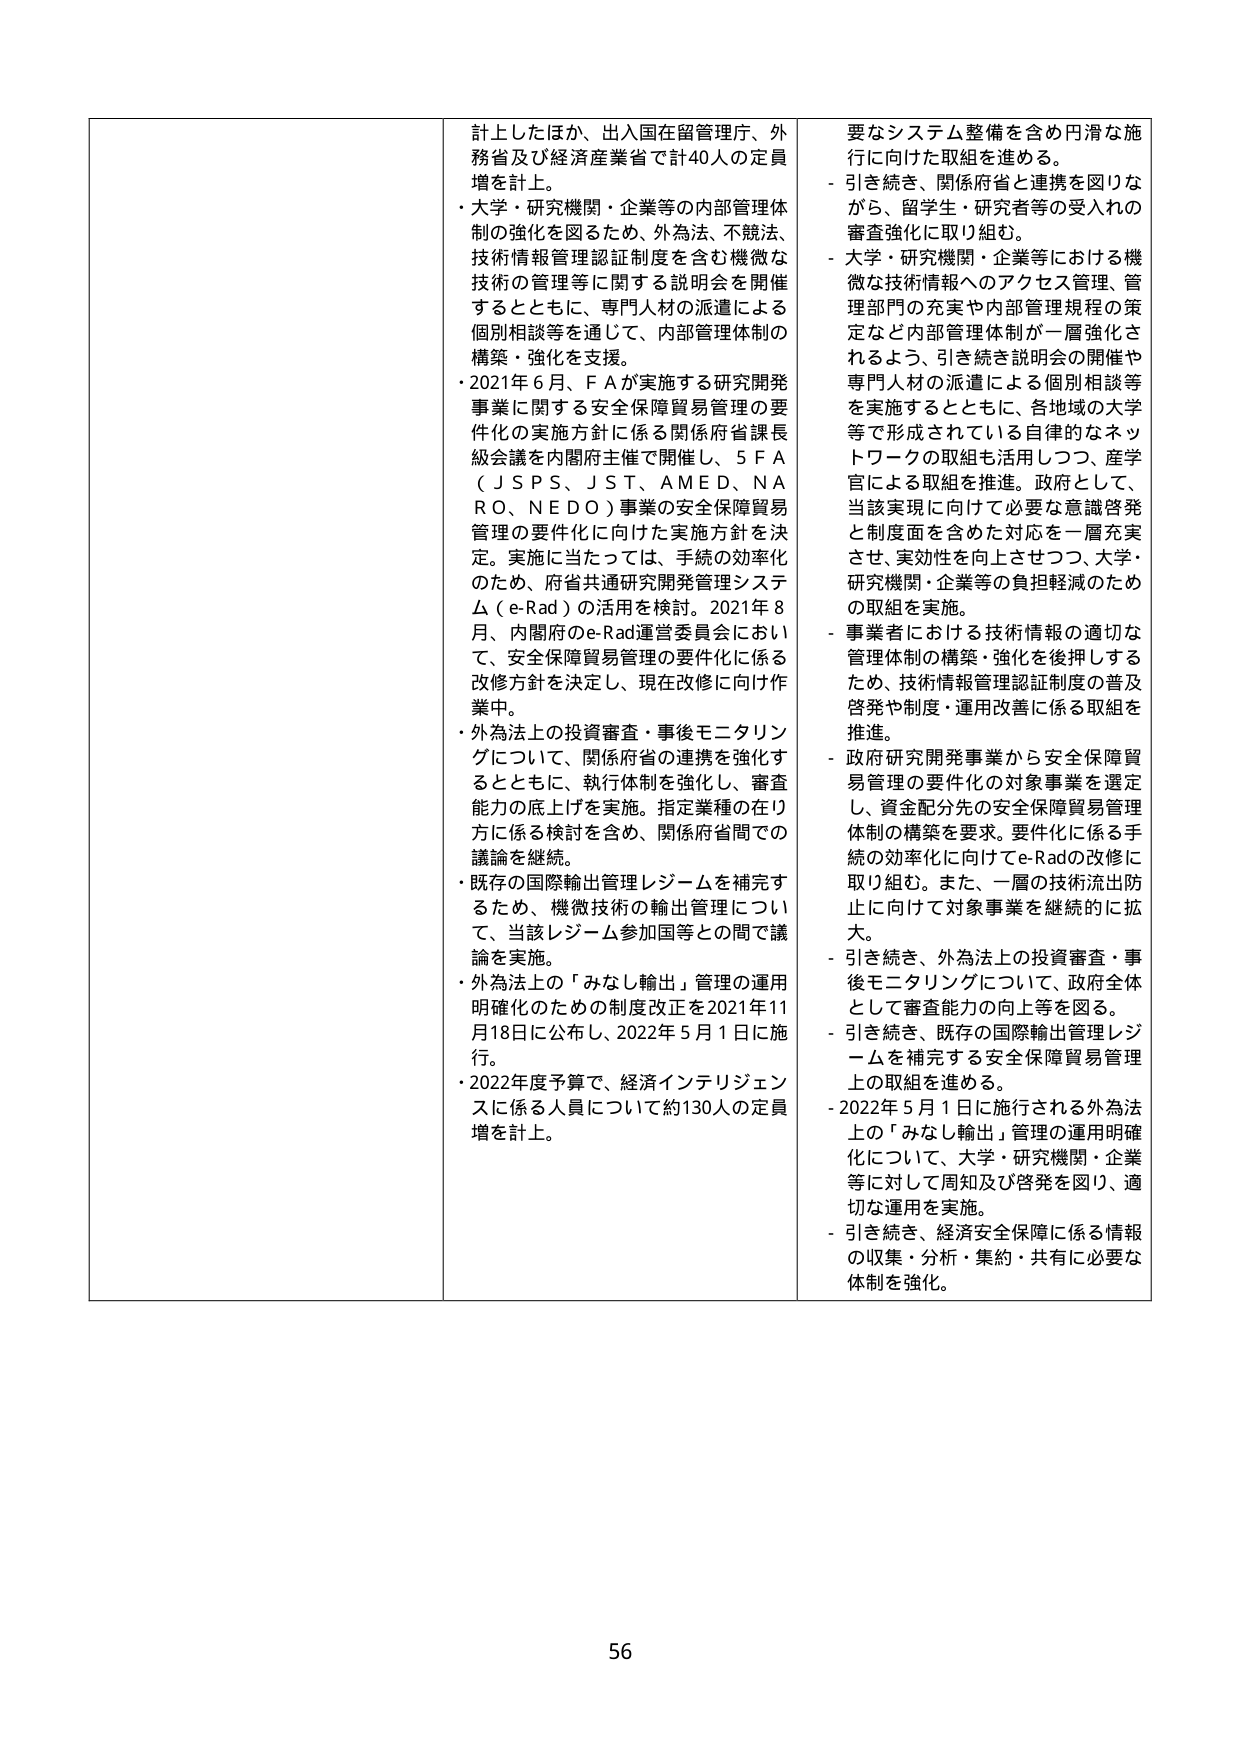
計上したほか、出入国在留管理庁、外務省及び経済産業省で計40人の定員増を計上。

・大学・研究機関・企業等の内部管理体制の強化を図るため、外為法、不競法、技術情報管理認証制度を含む機微な技術の管理等に関する説明会を開催するとともに、専門人材の派遣による個別相談等を通じて、内部管理体制の構築・強化を支援。

・2021年6月、ＦＡが実施する研究開発事業に関する安全保障貿易管理の要件化の実施方針に係る関係府省課長級会議を内閣府主催で開催し、５ＦＡ（ＪＳＰＳ、ＪＳＴ、ＡＭＥＤ、ＮＡＲＯ、ＮＥＤＯ）事業の安全保障貿易管理の要件化に向けた実施方針を決定。実施に当たっては、手続の効率化のため、府省共通研究開発管理システム（ｅ-Ｒａｄ）の活用を検討。2021年8月、内閣府のｅ-Ｒａｄ運営委員会において、安全保障貿易管理の要件化に係る改修方針を決定し、現在改修に向け作業中。

・外為法上の投資審査・事後モニタリングについて、関係府省の連携を強化するとともに、執行体制を強化し、審査能力の底上げを実施。指定業種の在り方に係る検討を含め、関係府省間での議論を継続。

・既存の国際輸出管理レジームを補完するため、機微技術の輸出管理について、当該レジーム参加国等との間で議論を実施。

・外為法上の「みなし輸出」管理の運用明確化のための制度改正を2021年11月18日に公布し、2022年5月1日に施行。

・2022年度予算で、経済インテリジェンスに係る人員について約130人の定員増を計上。

要なシステム整備を含め円滑な施行に向けた取組を進める。

- 引き続き、関係府省と連携を図りながら、留学生・研究者等の受入れの審査強化に取り組む。

- 大学・研究機関・企業等における機微な技術情報へのアクセス管理、管理部門の充実や内部管理規程の策定など内部管理体制が一層強化されるよう、引き続き説明会の開催や専門人材の派遣による個別相談等を実施するとともに、各地域の大学等で形成されている自律的なネットワークの取組も活用しつつ、産学官による取組を推進。政府として、当該実現に向けた必要な意識啓発と制度面を含めた対応を一層充実させ、実効性を向上させつつ、大学・研究機関・企業等の負担軽減のための取組を実施。

- 事業者における技術情報の適切な管理体制の構築・強化を後押しするため、技術情報管理認証制度の普及啓発や制度・運用改善に係る取組を推進。

- 政府研究開発事業から安全保障貿易管理の要件化の対象事業を選定し、資金配分先の安全保障貿易管理体制の構築を要求。要件化に係る手続の効率化に向けてｅ-Ｒａｄの改修に取り組む。また、一層の技術流出防止に向けて対象事業を継続的に拡大。

- 引き続き、外為法上の投資審査・事後モニタリングについて、政府全体として審査能力の向上等を図る。

- 引き続き、既存の国際輸出管理レジームを補完する安全保障貿易管理上の取組を進める。

- 2022年5月1日に施行される外為法上の「みなし輸出」管理の運用明確化について、大学・研究機関・企業等に対して周知及び啓発を図り、適切な運用を実施。

- 引き続き、経済安全保障に係る情報の収集・分析・集約・共有に必要な体制を強化。

56